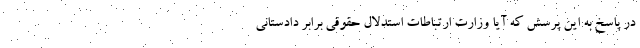
در پاسخ به این پرسش که آیا وزارت ارتباطات استدلال حقوقی برابر دادستانی